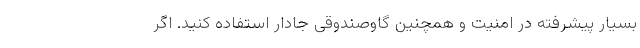
بسیار پیشرفته در امنیت و همچنین گاوصندوقی جادار استفاده کنید. اگر